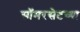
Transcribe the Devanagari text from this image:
सॉमरसेटच्या